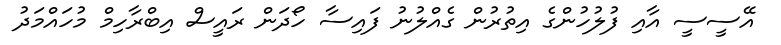
އޭސީސީ އާއި ފުލުހުންގެ އިތުރުން ގެއްލުނު ފައިސާ ހޯދަން ރައީސް އިބްރާހިމް މުހައްމަދު